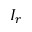
I _ { r }